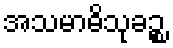
အသမာဓိသုခဉ္စ